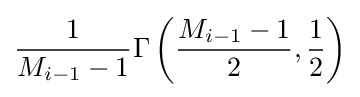
{\frac {1}{M_{i-1}-1}}\Gamma \left({\frac {M_{i-1}-1}{2}},{\frac {1}{2}}\right)